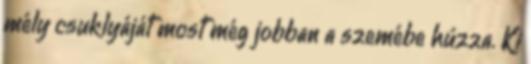
mély csuklyáját most még jobban a szemébe húzza. Ki